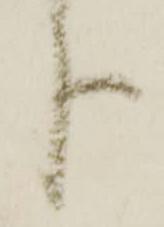
分